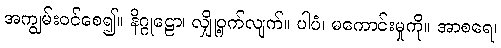
အကျွမ်းဝင်စေ၍။ နိဂ္ဂုဠော၊ လျှို့ဝှက်လျက်။ ပါပံ၊ မကောင်းမှုကို။ အာစရေ၊